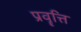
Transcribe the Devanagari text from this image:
प्रवॄत्ति